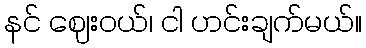
နင် ဈေးဝယ်၊ ငါ ဟင်းချက်မယ်။